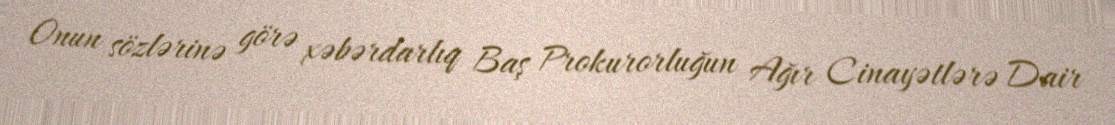
Onun sözlərinə görə xəbərdarlıq Baş Prokurorluğun Ağır Cinayətlərə Dair